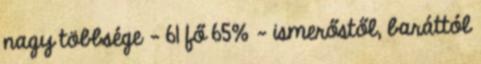
nagy többsége - 61 fő 65% - ismerőstől, baráttól